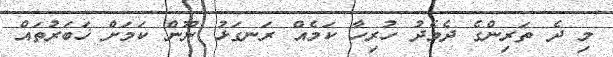
މި ދެ ތަރިންގެ ދެމެދު ހުރިހާ ކަމެއް ރަނގަޅު ނޫން ކަމަށް ޚަބަރުތައް